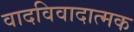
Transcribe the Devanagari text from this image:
वादविवादात्मक